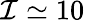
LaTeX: \mathcal{I}\simeq 10